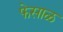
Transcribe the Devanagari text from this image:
फेसाळ